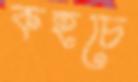
কহচে